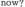
naw?